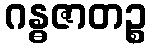
ဂန္ဓဇာတဉ္စ